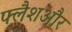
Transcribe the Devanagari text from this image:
फ्लैशऔर